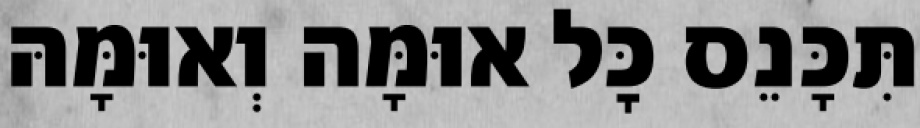
תִּכָּנֵס כׇּל אוּמָּה וְאוּמָּהּ